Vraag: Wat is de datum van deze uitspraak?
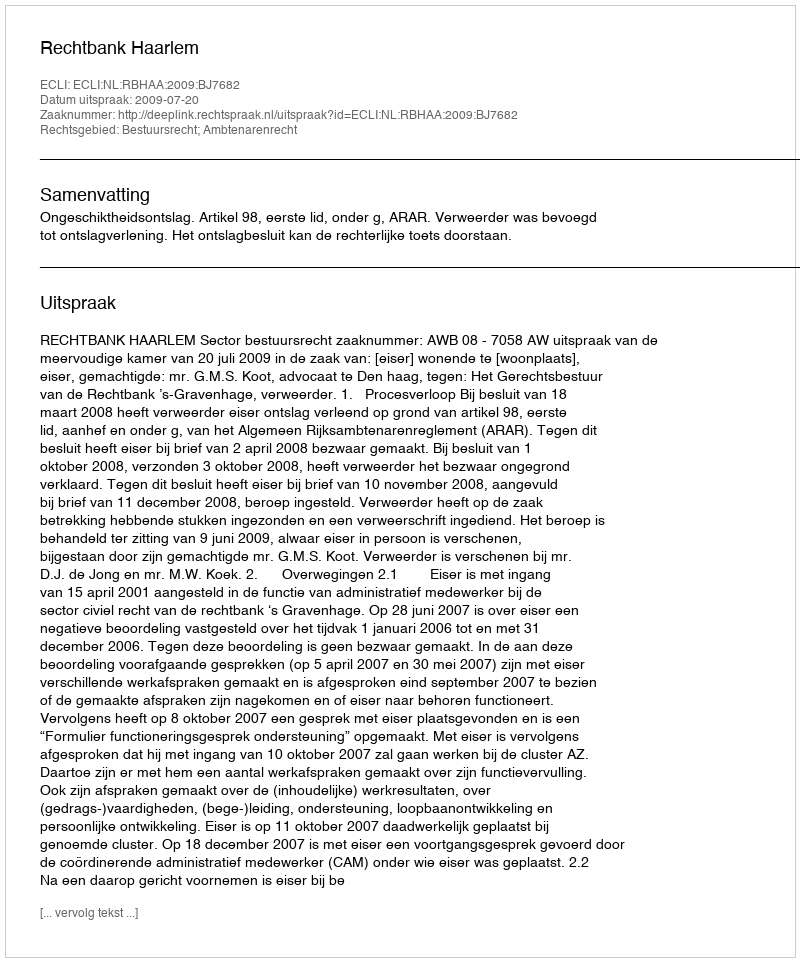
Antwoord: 2009-07-20